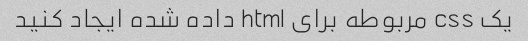
یک css مربوطه برای html داده شده ایجاد کنید